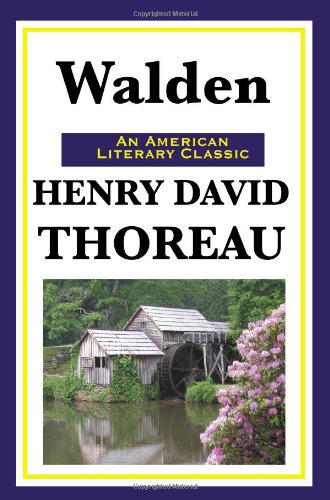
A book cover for Walden: (Or Life in the Woods); Henry David Thoreau; Biographies & Memoirs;